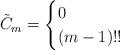
LaTeX: \begin{align*} \tilde{C}_m = \begin{cases} 0 & \\ (m - 1)!! & \end{cases}\end{align*}